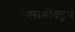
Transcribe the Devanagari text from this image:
एक्सस्पेक्ट्रम